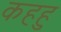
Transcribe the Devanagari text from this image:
कहहु